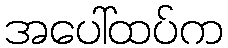
အပေါ်ထပ်က